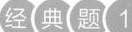
经 典 题 1